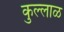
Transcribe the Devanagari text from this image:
कुल्लाळ